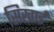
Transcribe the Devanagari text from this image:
सिखाईं